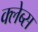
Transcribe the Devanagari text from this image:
क्लेब्स